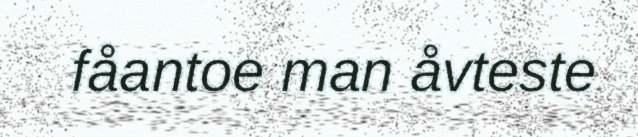
fåantoe man åvteste